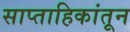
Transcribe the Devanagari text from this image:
साप्ताहिकांतून